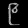
Digit: ၉